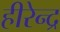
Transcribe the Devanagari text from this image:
हीरेन्द्र